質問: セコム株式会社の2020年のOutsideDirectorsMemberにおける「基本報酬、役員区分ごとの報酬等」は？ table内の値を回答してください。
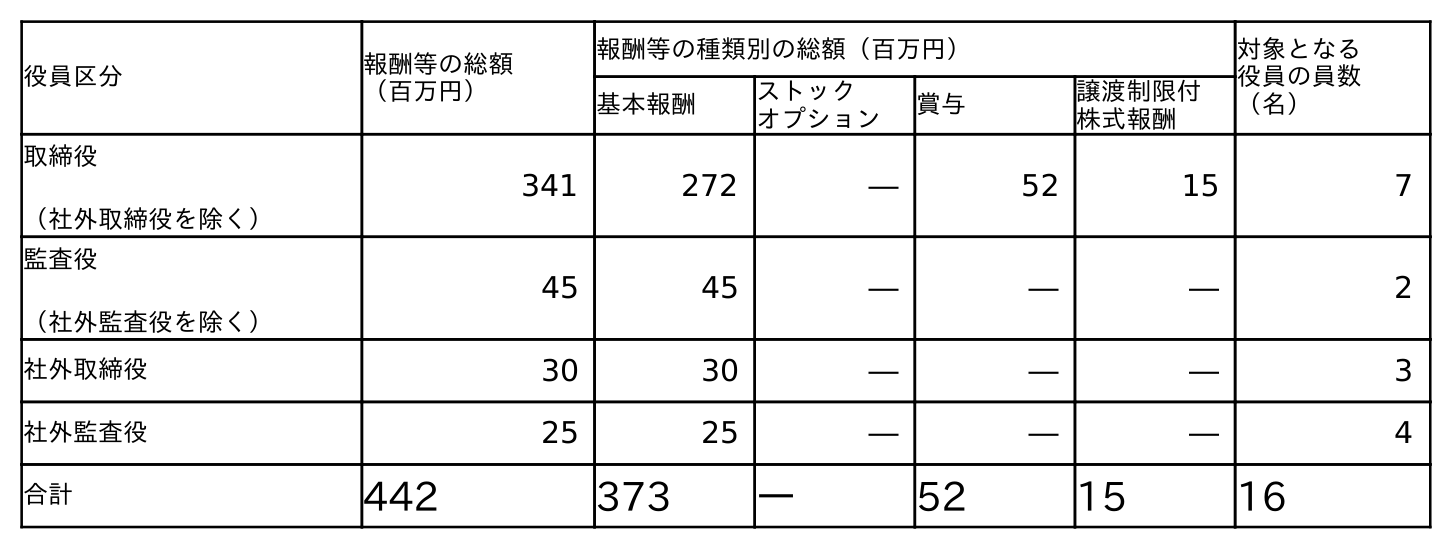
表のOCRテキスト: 役員区分 報酬等の総額 （百万円） 報酬等の種類別の総額（百万円） 対象となる 役員の員数 （名） 基本報酬 ストック オプション 賞与 譲渡制限付 株式報酬 取締役 （社外取締役を除く） 341 272 ― 52 15 7 監査役 （社外監査役を除く） 45 45 ― ― ― 2 社外取締役 30 30 ― ― ― 3 社外監査役 25 25 ― ― ― 4 合計 442 373 ― 52 15 16
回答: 30